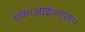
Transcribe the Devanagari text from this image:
एच०आई०एल०